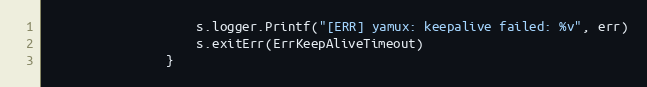
Language: Go
					s.logger.Printf("[ERR] yamux: keepalive failed: %v", err)
					s.exitErr(ErrKeepAliveTimeout)
				}